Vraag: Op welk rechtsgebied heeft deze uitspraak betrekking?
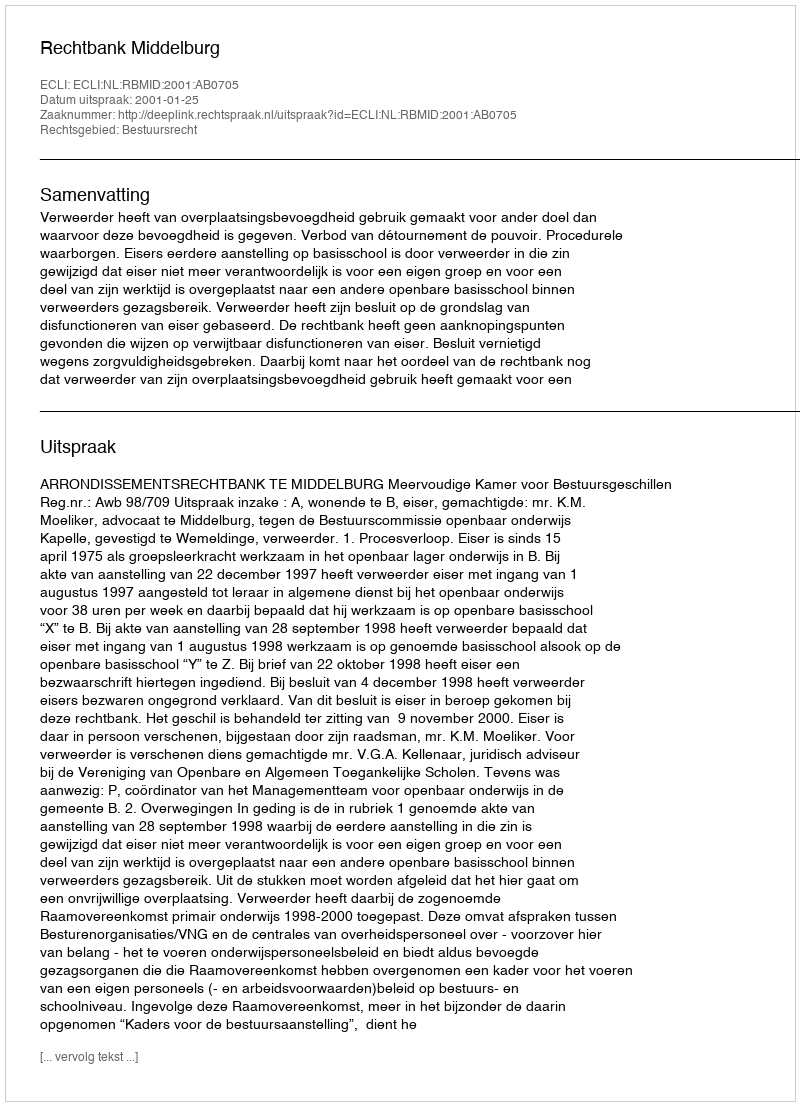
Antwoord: Bestuursrecht